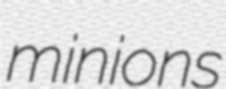
minions